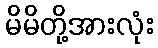
မိမိတို့အားလုံး